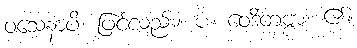
ဝသေနာပိ၊ ဖြင့်လည်း။ ပ။ ဝေဒိတဗ္ဗာ၊ ၏။